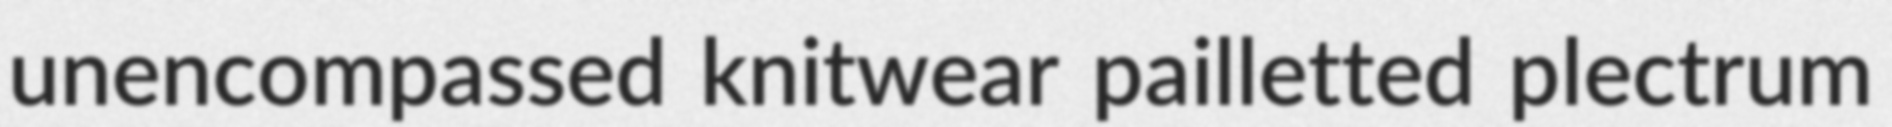
unencompassed knitwear pailletted plectrum